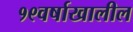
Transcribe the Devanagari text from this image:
१९वर्षाखालील